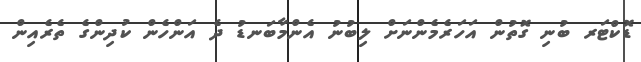
ޑޮކްޓަރ ބުނި ގޮތުން އަހަރެމެންނަށް ލިބުނު އެންމާބަނޑު ދެ އަންހެން ކުދިންގެ ތެރެއިން